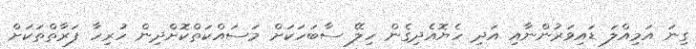
ގިނަ އަމިއްލަ ޑައިވަރުންނާއި އަދި ހެޔޮއެދިގެން ހިލޭ ސާބަހަކަށް މަސައްކަތްކޮށްދިން ހުރިހާ ފަރާތްތަކަށް